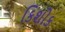
કિશોક